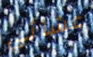
عشائي